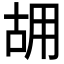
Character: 𠳫